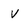
Character: v